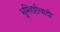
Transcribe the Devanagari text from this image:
भूमिदृष्टीवादी